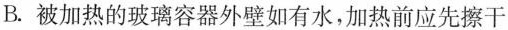
B.被加热的玻璃容器外壁如有水，加热前应先擦干